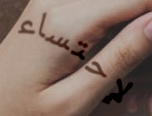
لإحتساء